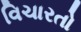
વિચારતો